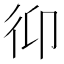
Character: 𢓋